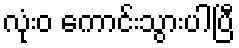
လုံးဝ ကောင်းသွားပါပြီ